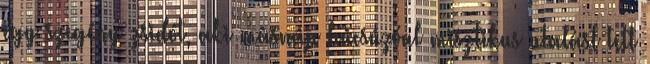
egy szegény zsidót, aki másnap búcsúzóul misztikus utalást tett